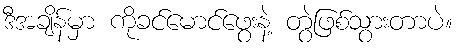
ဒီအချိန်မှာ ကိုခင်မောင်ဖွေးနဲ့ တွဲဖြစ်သွားတာပဲ။